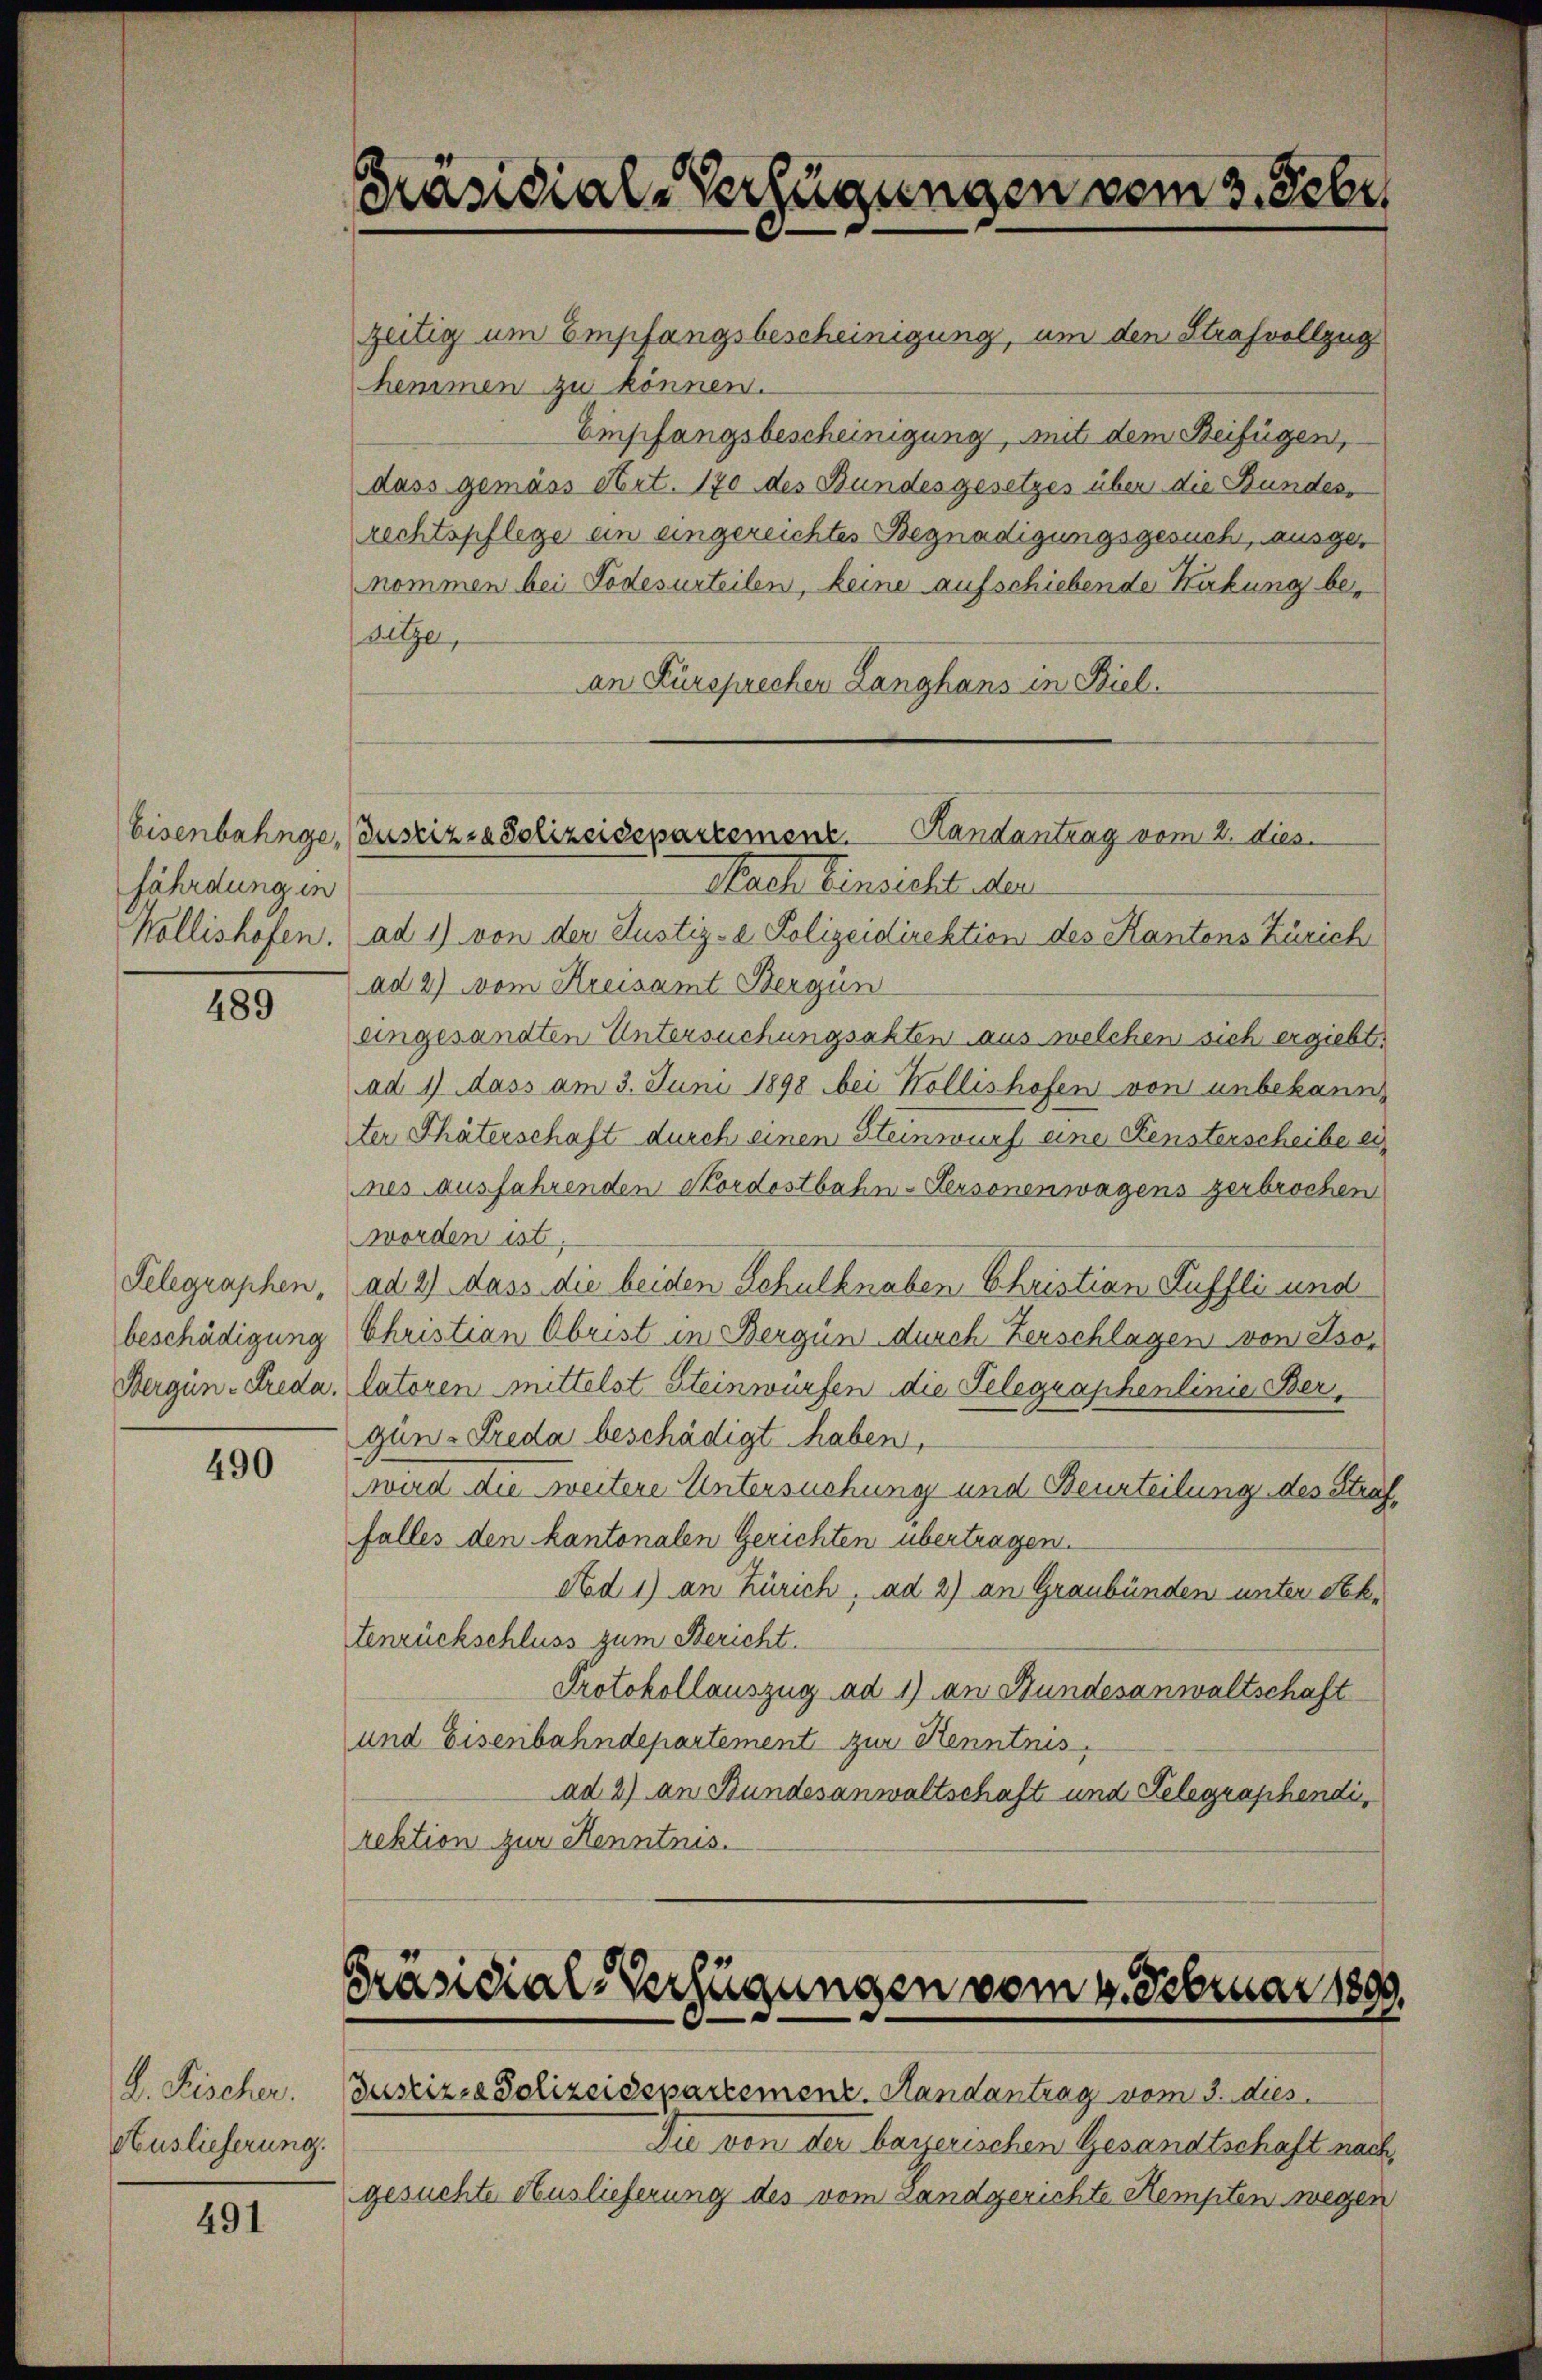
Präsidial-Verfügungen vom 3. Febr.
zeitig um Empfangsbescheinigung, um den Strafvollzug

hemmen zu können.
Empfangsbescheinigung, mit dem Beifügen,
dass gemäss Art. 170 des Bundesgesetzes über die Bundesrechtspflege ein eingereichtes Begnadigungsgesuch, ausgenommen bei Todesurteilen, keine aufschiebende Karbung besitze,
an Fürsprecher Langhans in Kiel.

Eisenbahnge, Justiz in Polizeisepartement. Handantrag vom 2. dies
Nach Einsicht der

fährdung in

Kollishofen. ad 1) von der Justiz- & Polizeidirektion des Kantons Zürich
ad 2) vom Kreisamt Bergün
eingesandten Untersuchungsakten aus welchen sich ergiebt.
ad 1) dass am 3. Juni 1898 bei Kollishofen von unbekannter Thäterschaft durch einen Steinwurf eine Fensterscheibe eines ausfahrenden Kordostbahn-Sersonenwagens zerbrochen
worden ist,
ad 2) dass die beiden Schulknaben Christian Fuffli und
Christian Obrist in Bergün durch Zerschlagen von Isolatoren Mittelst Steinwürfen die Telegraphenlinie Ber
gun-Treda beschädigt haben,
ward die weitere Untersuchung und Beurteilung des Straffalles den kantonalen Gerichten übertragen.
Ad 1) an Zürich, ad 2) an Graubünden unter Sektenrückschluss zum Bericht.
Protokollauszug ad 1) an Bundesanwaltschaft
und Eisenbahndepartement zur Kenntnis
ad 2) an Bundesanwaltschaft und Telegraphendi,
rektion zur Kenntnis.

489

Telegraphen,
beschädigung
Bergün-Freda.

490

Präsidial-Verfügungen vom 4. Februar 1899.
Justiz- & Polizeidepartement. Randantrag vom 3. dies

k. Fischer.
Auslieferung.

Die von der bayerischen Gesandtschaft nach
gesuchte Auslieferung des vom Landgerichte Kempten wegen

491